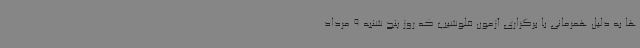
ها به دلیل همزمانی با برگزاری آزمون فلوشیپ که روز پنج شنبه 9 مرداد